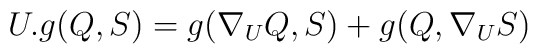
U.g(Q,S) = g(\nabla_U Q,S) + g(Q,\nabla_U S)